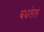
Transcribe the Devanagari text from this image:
बधलेलं